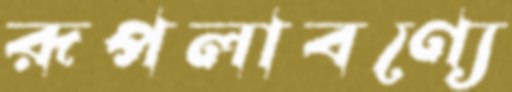
রূপলাবণ্যে